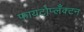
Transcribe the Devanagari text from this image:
फायटोप्लँक्टन